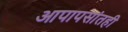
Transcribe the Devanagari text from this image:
आपापसांतही